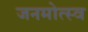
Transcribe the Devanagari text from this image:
जनमोत्स्व